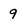
Character: 9